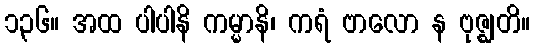
၁၃၆။ အထ ပါပါနိ ကမ္မာနိ၊ ကရံ ဗာလော န ဗုဇ္ဈတိ။